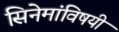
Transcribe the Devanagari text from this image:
सिनेमांविषयी